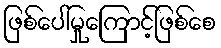
ဖြစ်ပေါ်မှုကြောင့်ဖြစ်စေ